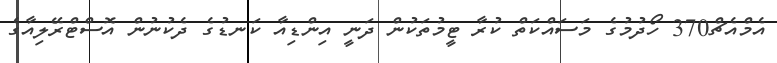
އެމްއެޗް370 ހޯދުމުގެ މަސައްކަތް ކުރާ ޓީމުތަކުން ދަނީ އިންޑިއާ ކަނޑުގެ ދެކުނުން އޮސްޓްރޭލިއާގެ